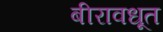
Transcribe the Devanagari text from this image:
बीरावधूत